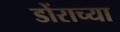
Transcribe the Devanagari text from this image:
डोंराच्या